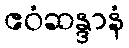
ဧဝံဆန္ဒာနံ